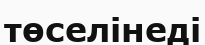
төселінеді